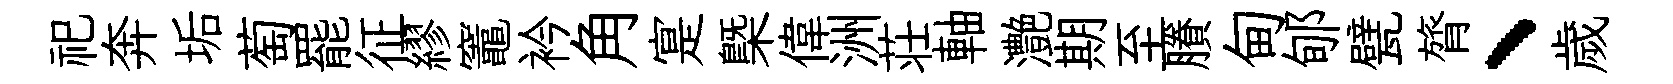
祀奔垢萄罷征繆竈衿角寔槩偉洲荘軸灔期至賸甸郇甓膂、歲